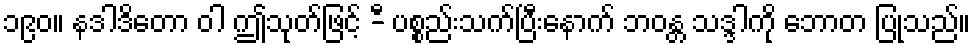
၁၉၀။ နဒါဒိတော ဝါ ဤသုတ်ဖြင့် -ီ ပစ္စည်းသက်ပြီးနောက် ဘဝန္တ သဒ္ဒါကို ဘောတ ပြုသည်။